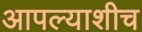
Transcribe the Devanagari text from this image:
आपल्याशीच